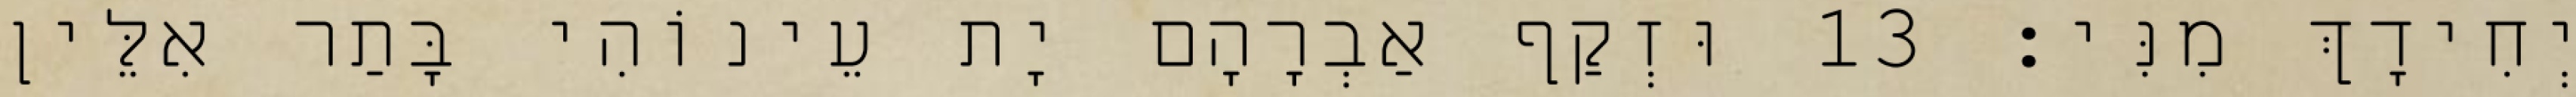
יְחִידָךְ מִנִּי׃ 13 וּזְקַף אַבְרָהָם יָת עֵינוֹהִי בָּתַר אִלֵּין